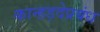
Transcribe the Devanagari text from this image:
कान्हड़देप्रबंध